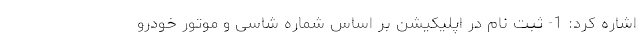
اشاره کرد: 1- ثبت نام در اپلیکیشن بر اساس شماره شاسی و موتور خودرو